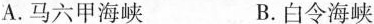
A.马六甲海峡 B.白令海峡